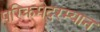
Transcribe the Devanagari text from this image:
परिक्रमेदरम्यान